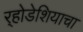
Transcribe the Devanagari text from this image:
र्‍होडेशियाचा